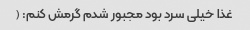
غذا خیلی سرد بود مجبور شدم گرمش کنم: (